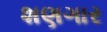
શણગાર